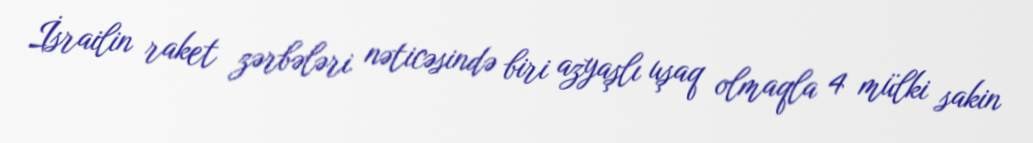
İsrailin raket zərbələri nəticəsində biri azyaşlı uşaq olmaqla 4 mülki sakin